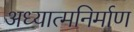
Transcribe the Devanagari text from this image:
अध्यात्मनिर्माण